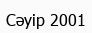
Сәуір 2001